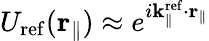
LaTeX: U_{\mathrm{ref}}({\mathbf r}_{\parallel})\approx e^{i{\mathbf k}_{\parallel}^{\mathrm{ref}}\cdot{\mathbf r}_{\parallel}}